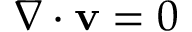
\nabla \cdot \mathbf { v } = 0